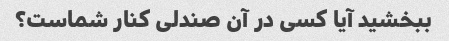
ببخشید آیا کسی در آن صندلی کنار شماست؟